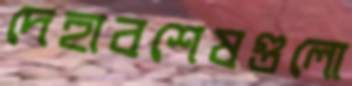
দেহাবশেষগুলো